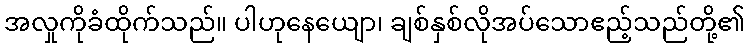
အလှုကိုခံထိုက်သည်။ ပါဟုနေယျော၊ ချစ်နှစ်လိုအပ်သောဧည့်သည်တို့၏